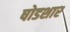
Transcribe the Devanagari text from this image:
षोडशार